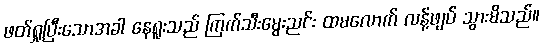
ဖတ်ရှုပြီးသောအခါ နေရူးသည် ကြက်သီးမွေးညင်း ထမလောက် လန့်ဖျပ် သွားမိသည်။